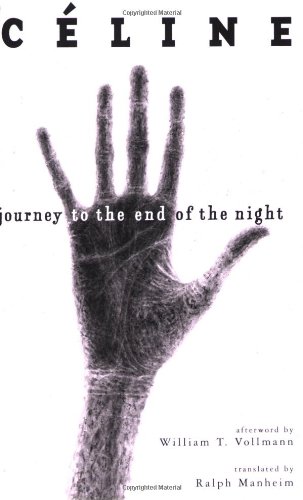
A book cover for Journey to the End of the Night; Louis-Ferdinand CÃ©line; Literature & Fiction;